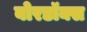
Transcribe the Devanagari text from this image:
बोरडॉक्स